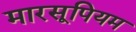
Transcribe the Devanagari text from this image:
मारसूपियम